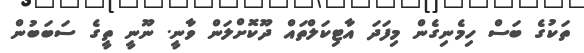
ތަކުގެ ބަސް ހިމެނިގެންް މިފަދަ އާޓިކަލްތައް ދޫކޮށްލަން ވާނީ. ނޫނީ ތީގެ ސަބަބުން